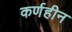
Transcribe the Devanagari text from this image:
कर्णहीन